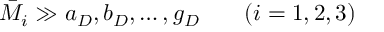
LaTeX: \bar { M } _ { i } \gg a _ { D } , b _ { D } , \ldots , g _ { D } \; \; \; \; \; \; \; ( i = 1 , 2 , 3 )